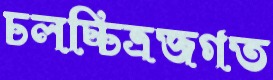
চলচ্চিত্রজগত